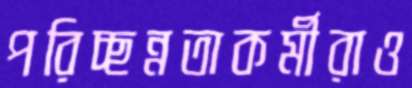
পরিচ্ছন্নতাকর্মীরাও